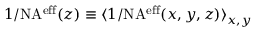
1 / \mathrm { { N A ^ { e f f } } } ( z ) \equiv \langle { 1 / \mathrm { { N A ^ { e f f } } } } ( x , y , z ) \rangle _ { x , y }